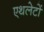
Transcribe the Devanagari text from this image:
एथलेटों